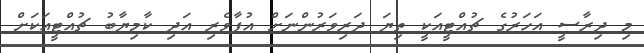
މި ދިރާސީ އަހަރުގެ ޗުއްޓީއަކީ ތިޔަ ދަރިވަރުންނަށް އުފާވެރި އަދި ކާމިޔާބު ޗުއްޓީއަކަށް